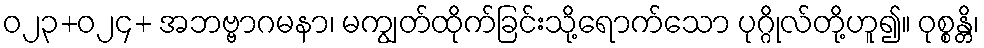
ဝ၂၃+၀၂၄+ အဘဗ္ဗာဂမနာ၊ မကျွတ်ထိုက်ခြင်းသို့ရောက်သော ပုဂ္ဂိုလ်တို့ဟူ၍။ ဝုစ္စန္တိ၊